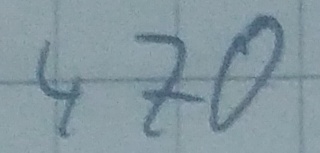
Text: 470